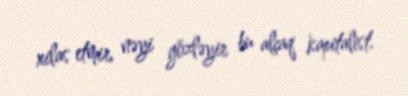
xilas etmir, nəyi gözləyir bu alçaq kapitalist.